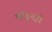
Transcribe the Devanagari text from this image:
फोडूनही